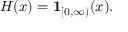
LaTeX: H ( x ) = \mathbf { 1 } _ { [ 0 , \infty ) } ( x ) .